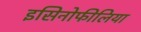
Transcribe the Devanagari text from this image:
इसिनोफीलिया